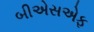
બીએસએફ